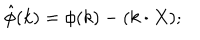
\hat { \phi } ( k ) = \phi ( k ) - ( k \cdot X ) ;